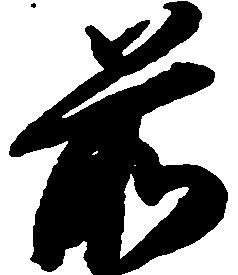
前